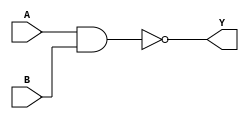
module  gate(A,B,Y);

    input A,B;
    output Y;


    nand (Y,A,B);
    //not (Yd. Y);

endmodule